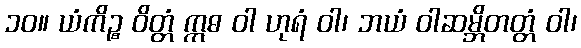
၁၀။ ယံကိဉ္စ ဝိတ္တံ ဣဓ ဝါ ဟုရံ ဝါ၊ ဘယံ ဝါဆမ္ဘိတတ္တံ ဝါ၊